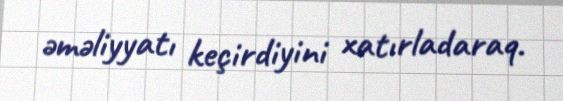
əməliyyatı keçirdiyini xatırladaraq.